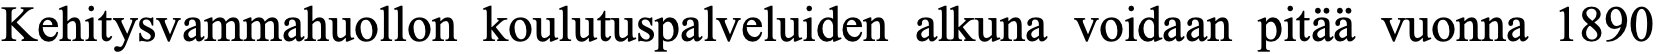
Kehitysvammahuollon koulutuspalveluiden alkuna voidaan pitää vuonna 1890